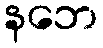
နဘေ